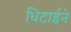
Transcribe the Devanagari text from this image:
धिटाईने